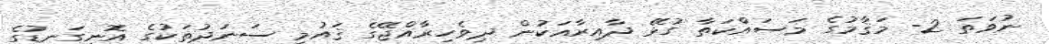
ނުވަތަ 2- މަޤާމުގެ މަސައްކަތާ ގުޅޭ ދާއިރާއަކުން ދިވެހިރާއްޖޭގެ ޤައުމީ ސަނަދުތަކުގެ އޮނިގަނޑުގެ